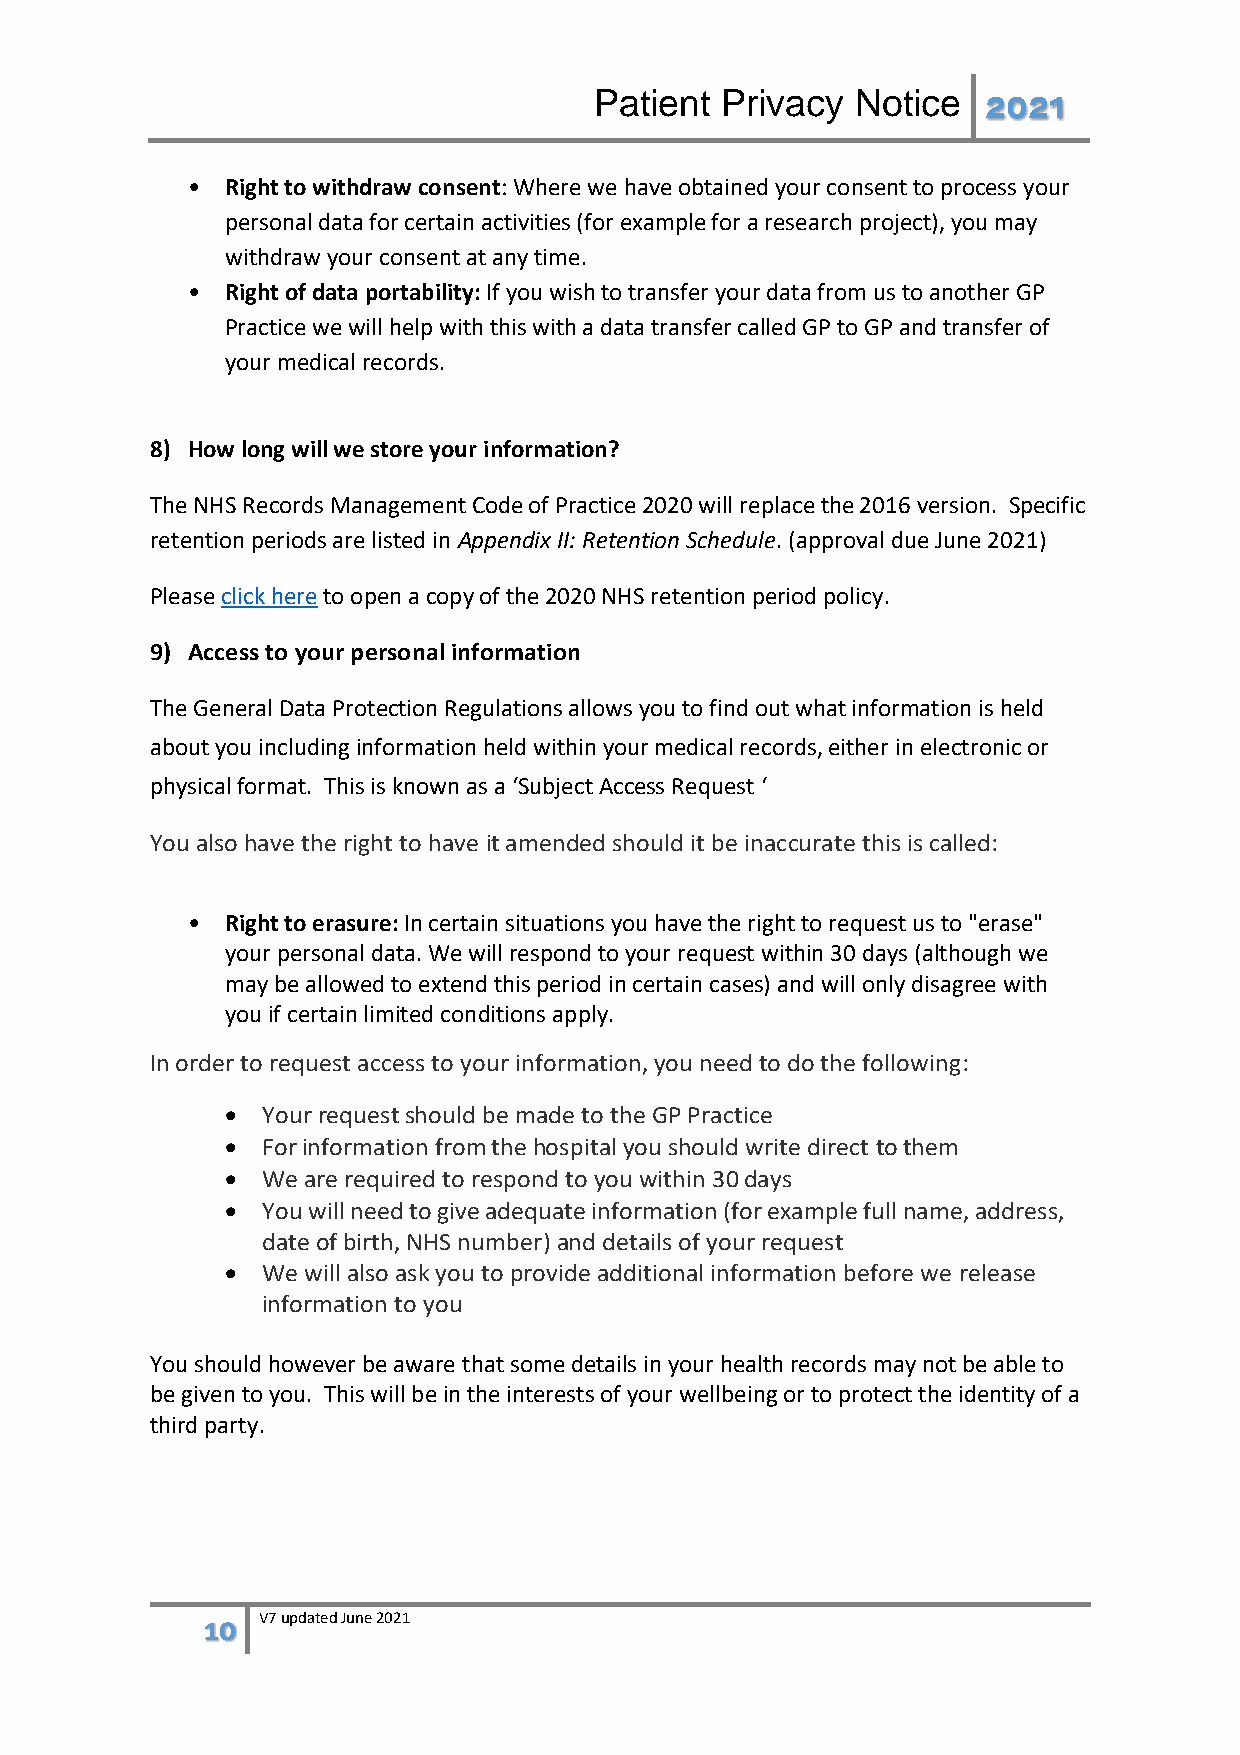
Patient  Privacy  Notice  2021
 •  Right to withdraw consent: Where we have obtained your consent to process your
 personal data for certain activities (for example for a research project), you may
 withdraw your consent at any time.
 •  Right of data portability: If you wish to transfer your data from us to another GP
 Practice we will help with this with a data transfer called GP to GP and transfer of
 your medical records.
 8) How long will we store your information?
 The NHS Records Management Code of Practice 2020 will replace the 2016 version. Specific
 retention periods are listed in Appendix II: Retention Schedule. (approval due June 2021)
 Please click here to open a copy of the 2020 NHS retention period policy.
 9) Access to your personal information
 The General Data Protection Regulations allows you to find out what information is held
 about you including information held within your medical records, either in electronic or
 physical format. This is known as a ‘Subject Access Request ‘
 You also have the right to have it amended should it be inaccurate this is called:
 •  Right to erasure: In certain situations you have the right to request us to "erase"
 your personal data. We will respond to your request within 30 days (although we
 may be allowed to extend this period in certain cases) and will only disagree with
 you if certain limited conditions apply.
 In order to request access to your information, you need to do the following:
 • Your request should be made to the GP Practice
 • For information from the hospital you should write direct to them
 • We are required to respond to you within 30 days
 • You will need to give adequate information (for example full name, address,
 date of birth, NHS number) and details of your request
 • We will also ask you to provide additional information before we release
 information to you
 You should however be aware that some details in your health records may not be able to
 be given to you. This will be in the interests of your wellbeing or to protect the identity of a
 third party.
 10  V7 updated June 2021